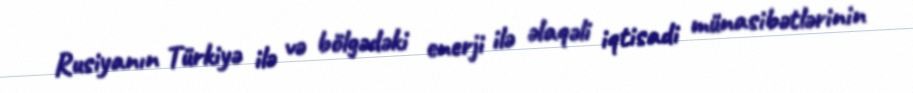
Rusiyanın Türkiyə ilə və bölgədəki enerji ilə əlaqəli iqtisadi münasibətlərinin